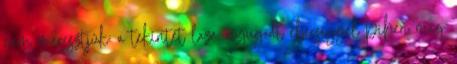
nem meresztjük; a tekintet laza, nyugodt éberséggel pihen meg